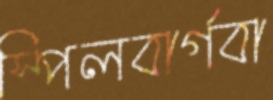
স্পিলবার্গবা